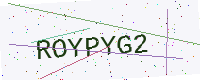
Text: ROYPYG2